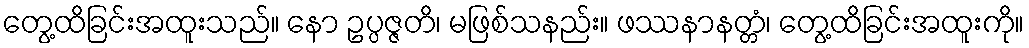
တွေ့ထိခြင်းအထူးသည်။ နော ဥပ္ပဇ္ဇတိ၊ မဖြစ်သနည်း။ ဖဿနာနတ္တံ၊ တွေ့ထိခြင်းအထူးကို။